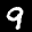
Label: 9